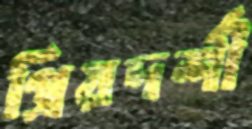
প্রিয়দর্শী